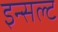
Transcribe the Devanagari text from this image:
इन्सल्ट